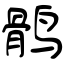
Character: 鹘